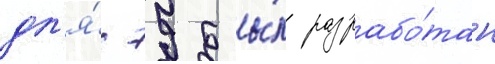
дл'я́ 79 бы́л разрабо́тан